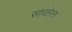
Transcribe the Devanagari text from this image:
सांधलेला